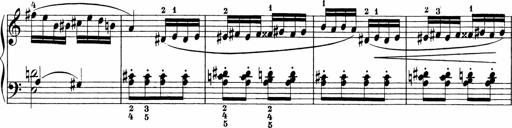
Title: Sonatinen Op.47, 98 und 136, nebst 6 Liedersonatinen
Composer: Carl Reinecke